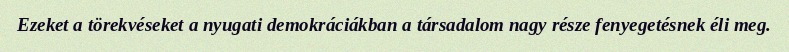
Ezeket a törekvéseket a nyugati demokráciákban a társadalom nagy része fenyegetésnek éli meg.